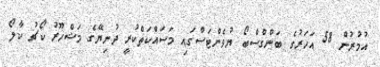
އުމުރުން 58 އަހަރުގެ ބަންގްސްބޯ ޔުވެންޓަސްގައި މަސައްކަތްކުރީ ދުނިޔޭގެ މަޝްހޫރު ކޯޗު ކާލޯ